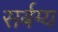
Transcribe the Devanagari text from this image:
सर्बग्य